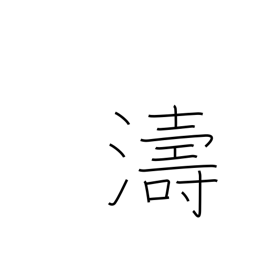
Meaning: waves